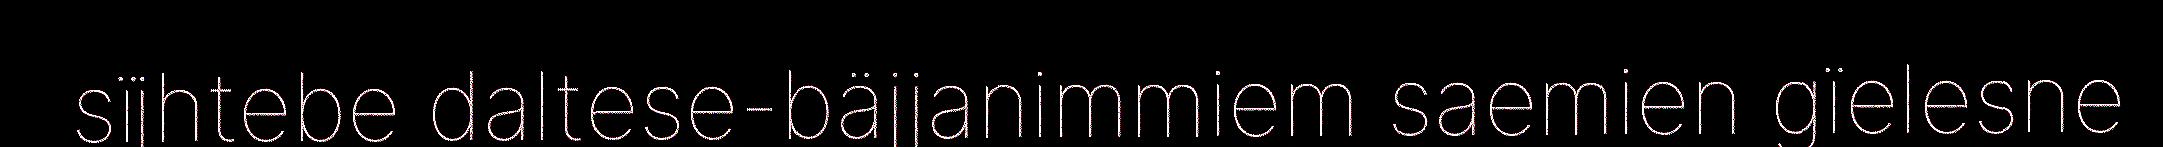
sïjhtebe daltese-bäjjanimmiem saemien gïelesne